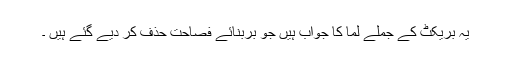
یہ بریکٹ کے جملے لما کا جواب ہیں جو بربنائے فصاحت حذف کر دیے گئے ہیں ۔